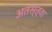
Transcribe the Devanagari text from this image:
अतस्त्वा